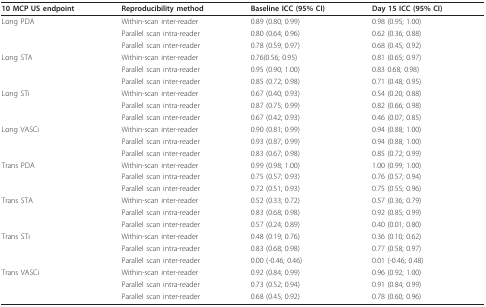
<table><thead><tr><td><b>10 MCP US endpoint</b></td><td><b>Reproducibility method</b></td><td><b>Baseline ICC (95% CI)</b></td><td><b>Day 15 ICC (95% CI)</b></td></tr></thead><tbody><tr><td>Long PDA</td><td>Within-scan inter-reader</td><td>0.89 (0.80; 0.99)</td><td>0.98 (0.95; 1.00)</td></tr><tr><td></td><td>Parallel scan intra-reader</td><td>0.80 (0.64; 0.96)</td><td>0.62 (0.36; 0.88)</td></tr><tr><td></td><td>Parallel scan inter-reader</td><td>0.78 (0.59; 0.97)</td><td>0.68 (0.45; 0.92)</td></tr><tr><td>Long STA</td><td>Within-scan inter-reader</td><td>0.76(0.56; 0.95)</td><td>0.81 (0.65; 0.97)</td></tr><tr><td></td><td>Parallel scan intra-reader</td><td>0.95 (0.90; 1.00)</td><td>0.83 0.68; 0.98)</td></tr><tr><td></td><td>Parallel scan inter-reader</td><td>0.85 (0.72; 0.98)</td><td>0.71 (0.48; 0.95)</td></tr><tr><td>Long STi</td><td>Within-scan inter-reader</td><td>0.67 (0.40; 0.93)</td><td>0.54 (0.20; 0.88)</td></tr><tr><td></td><td>Parallel scan intra-reader</td><td>0.87 (0.75; 0.99)</td><td>0.82 (0.66; 0.98)</td></tr><tr><td></td><td>Parallel scan inter-reader</td><td>0.67 (0.42; 0.93)</td><td>0.46 (0.07; 0.85)</td></tr><tr><td>Long VASCi</td><td>Within-scan inter-reader</td><td>0.90 (0.81; 0.99)</td><td>0.94 (0.88; 1.00)</td></tr><tr><td></td><td>Parallel scan intra-reader</td><td>0.93 (0.87; 0.99)</td><td>0.94 (0.88; 1.00)</td></tr><tr><td></td><td>Parallel scan inter-reader</td><td>0.83 (0.67; 0.98)</td><td>0.85 (0.72; 0.99)</td></tr><tr><td>Trans PDA</td><td>Within-scan inter-reader</td><td>0.99 (0.98; 1.00)</td><td>1.00 (0.99; 1.00)</td></tr><tr><td></td><td>Parallel scan intra-reader</td><td>0.75 (0.57; 0.93)</td><td>0.76 (0.57; 0.94)</td></tr><tr><td></td><td>Parallel scan inter-reader</td><td>0.72 (0.51; 0.93)</td><td>0.75 (0.55; 0.96)</td></tr><tr><td>Trans STA</td><td>Within-scan inter-reader</td><td>0.52 (0.33; 0.72)</td><td>0.57 (0.36; 0.79)</td></tr><tr><td></td><td>Parallel scan intra-reader</td><td>0.83 (0.68; 0.98)</td><td>0.92 (0.85; 0.99)</td></tr><tr><td></td><td>Parallel scan inter-reader</td><td>0.57 (0.24; 0.89)</td><td>0.40 (0.01; 0.80)</td></tr><tr><td>Trans STi</td><td>Within-scan inter-reader</td><td>0.48 (0.19; 0.76)</td><td>0.36 (0.10; 0.62)</td></tr><tr><td></td><td>Parallel scan intra-reader</td><td>0.83 (0.68; 0.98)</td><td>0.77 (0.58; 0.97)</td></tr><tr><td></td><td>Parallel scan inter-reader</td><td>0.00 (-0.46; 0.46)</td><td>0.01 (-0.46; 0.48)</td></tr><tr><td>Trans VASCi</td><td>Within-scan inter-reader</td><td>0.92 (0.84; 0.99)</td><td>0.96 (0.92; 1.00)</td></tr><tr><td></td><td>Parallel scan intra-reader</td><td>0.73 (0.52; 0.94)</td><td>0.91 (0.84; 0.99)</td></tr><tr><td></td><td>Parallel scan inter-reader</td><td>0.68 (0.45; 0.92)</td><td>0.78 (0.60; 0.96)</td></tr></tbody></table>